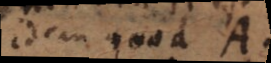
em quod A.